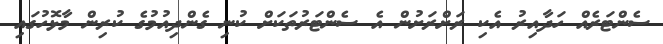
ސެންޓަރެއް ހަދާއިރު އެކި ރަަށްރަށުން އެ ސެންޓަރުތަކަށް ކުނި ގެންދިއުމުގެ ކުރިން މާޅޮހުގައި